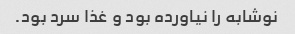
نوشابه را نیاورده بود و غذا سرد بود.